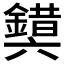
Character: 𰽉